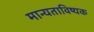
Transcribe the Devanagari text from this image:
मान्यताविष्यक